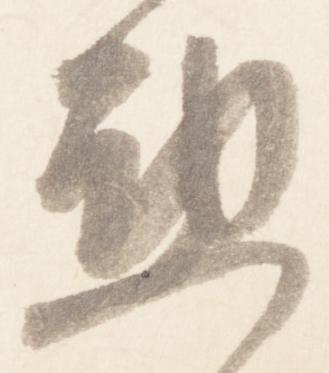
懃